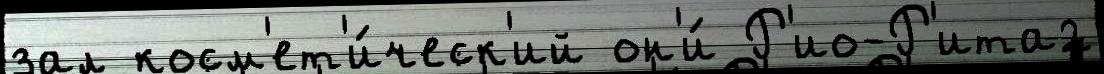
зал косм'ет'и́ческ'ий он'и́ Р'ио-Р'ита2